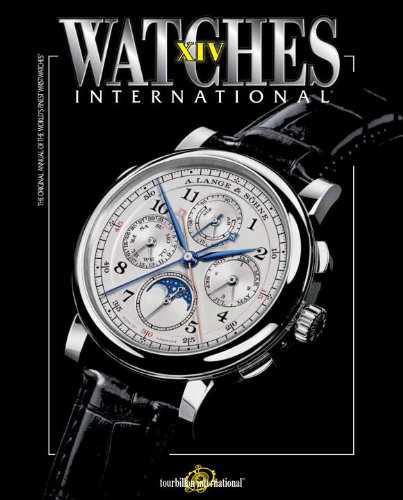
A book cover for Watches International Volume XIV; Tourbillon International; Crafts, Hobbies & Home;